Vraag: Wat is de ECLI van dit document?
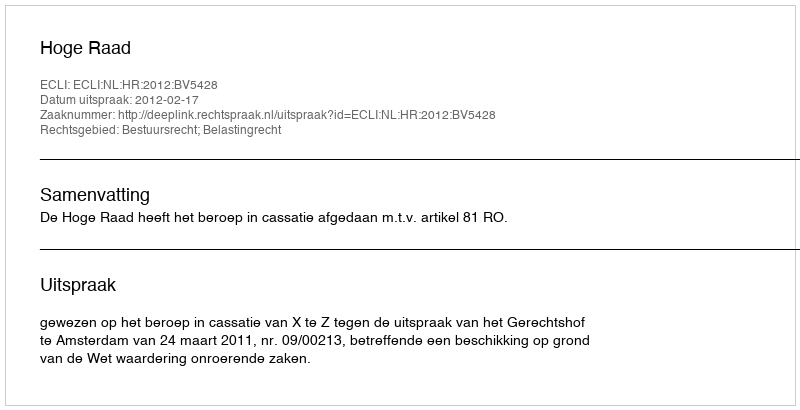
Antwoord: ECLI:NL:HR:2012:BV5428